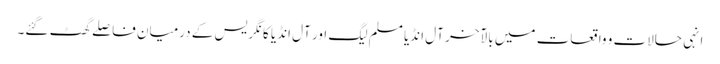
انہی حالات و واقعات میں بالآخر آل انڈیا مسلم لیگ اور آل انڈیا کانگریس کے درمیان فاصلے گھٹ گئے۔